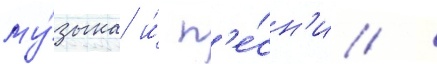
му́зыка и́ п'е́сн'и /